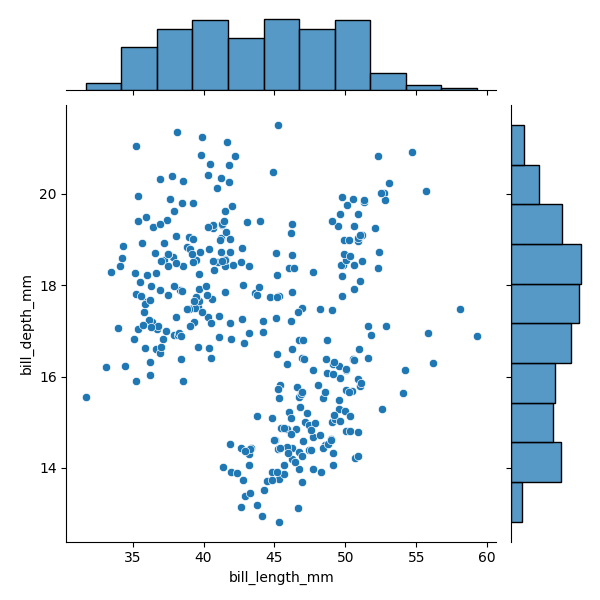
python, seaborn, JointGrid, scatterplot, histplot